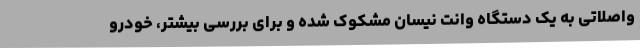
واصلاتی به یک دستگاه وانت نیسان مشکوک شده و برای بررسی بیشتر، خودرو